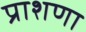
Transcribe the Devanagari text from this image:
प्राशणा